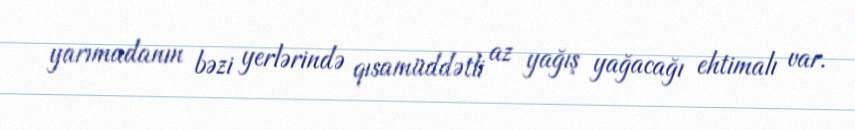
yarımadanın bəzi yerlərində qısamüddətli az yağış yağacağı ehtimalı var.